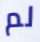
لم